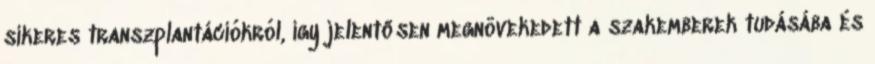
sikeres transzplantációkról, így jelentősen megnövekedett a szakemberek tudásába és